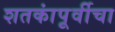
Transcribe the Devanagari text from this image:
शतकांपूर्वीचा